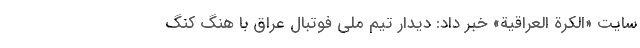
سایت «الکرة العراقیة» خبر داد: دیدار تیم ملی فوتبال عراق با هنگ کنگ